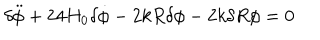
LaTeX: { \delta } \ddot { \phi } + 2 4 H _ { 0 } { \delta } \dot { \phi } - 2 k R { \delta } { \phi } - 2 k { \delta } R { \phi } = 0